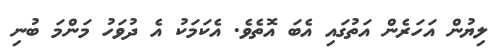
ލިޔުން އަހަރެން އަތުގައި އެބަ އޮތެވެ. އެކަމަކު އެ ދުވަހު މަންމަ ބުނި